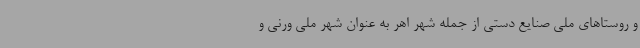
و روستاهای ملی صنایع دستی از جمله شهر اهر به عنوان شهر ملی ورنی و